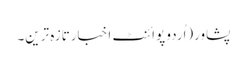
پشاور(اُردو پوائنٹ اخبارتازہ ترین۔